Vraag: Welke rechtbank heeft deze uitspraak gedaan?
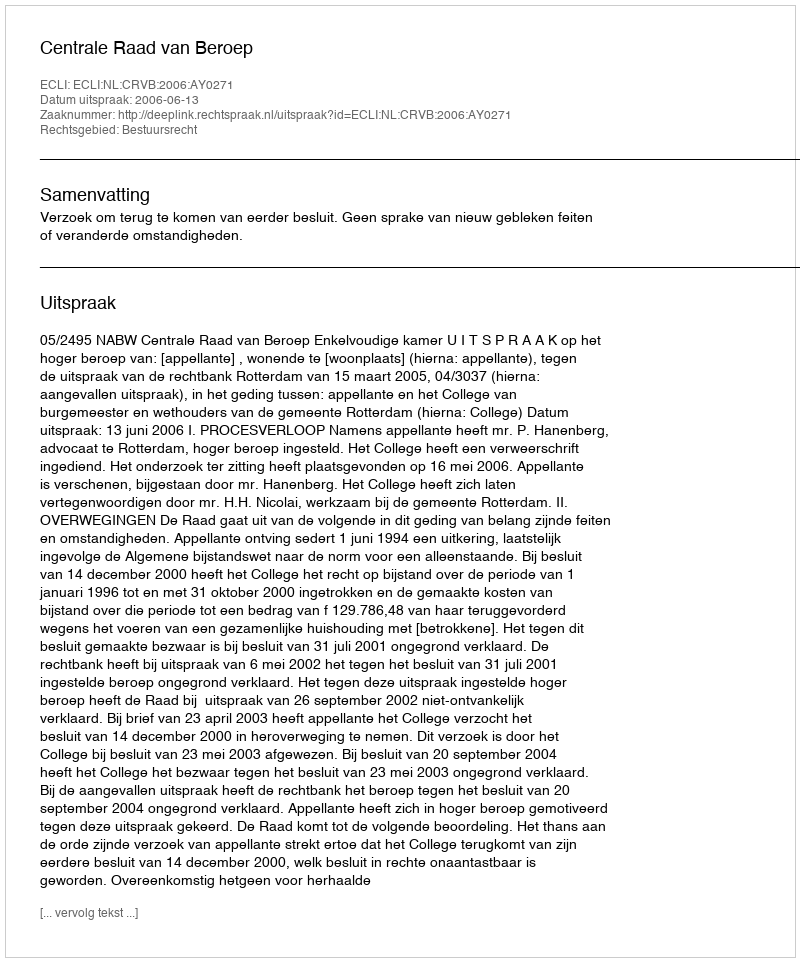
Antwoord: Centrale Raad van Beroep